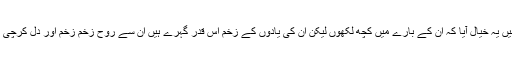
کئی بار دل میں یہ خیال آیا کہ ان کے بارے میں کچھ لکھوں لیکن ان کی یادوں کے زخم اس قدر گہرے ہیں ان سے روح زخم زخم اور دل کرچی کرچی ہو گیا۔